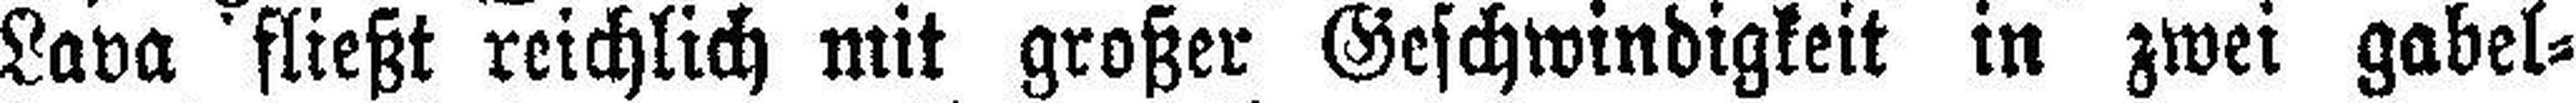
Lava fließt reichlich mit großer Geschwindigkeit in zwei gabel¬